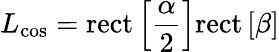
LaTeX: L_{\mathrm{cos}}=\mathrm{rect}\left[\frac{\alpha}{2}\right]\mathrm{rect}\left[\beta\right]